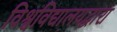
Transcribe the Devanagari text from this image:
विश्वविद्यालयद्वारा